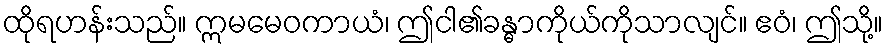
ထိုရဟန်းသည်။ ဣမမေဝကာယံ၊ ဤငါ၏ခန္ဓာကိုယ်ကိုသာလျင်။ ဧဝံ၊ ဤသို့။